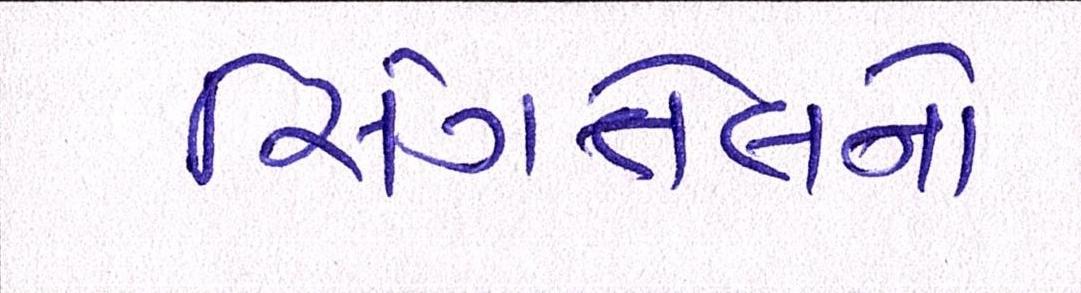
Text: સિંગતેલનો